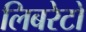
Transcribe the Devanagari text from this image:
लिबरेटो